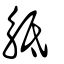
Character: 觝